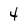
Character: 4